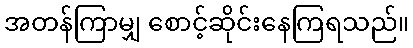
အတန်ကြာမျှ စောင့်ဆိုင်းနေကြရသည်။